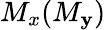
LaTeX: M_{x}(M_{\mathbf{y}})